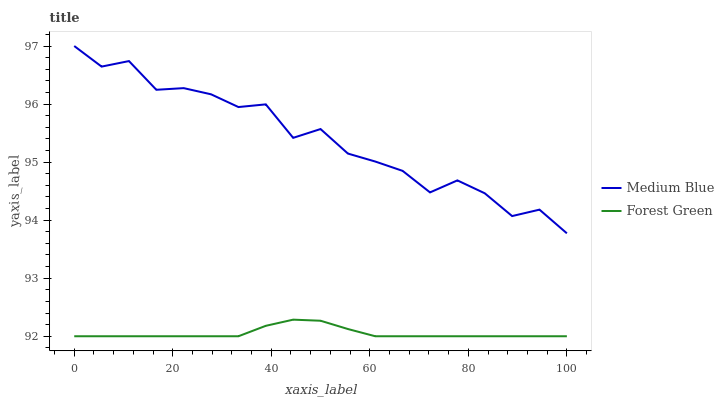
| xaxis_label | Medium Blue | Forest Green |
 | --- | --- | --- |
 | 0 | 97 | 92 |
 | 5.56 | 96.6 | 92 |
 | 11.1 | 96.7 | 92 |
 | 16.7 | 96.2 | 92 |
 | 22.2 | 96.3 | 92 |
 | 27.8 | 96.2 | 92 |
 | 33.3 | 95.9 | 92 |
 | 38.9 | 96 | 92.2 |
 | 44.4 | 95.4 | 92.3 |
 | 50 | 95.6 | 92.3 |
 | 55.6 | 95.1 | 92.1 |
 | 61.1 | 95 | 92 |
 | 66.7 | 94.8 | 92 |
 | 72.2 | 94.5 | 92 |
 | 77.8 | 94.7 | 92 |
 | 83.3 | 94.5 | 92 |
 | 88.9 | 94.1 | 92 |
 | 94.4 | 94.2 | 92 |
 | 100 | 93.8 | 92 |